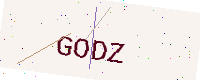
Text: GODZ